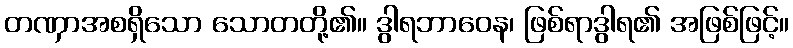
တဏှာအစရှိသော သောတတို့၏။ ဒွါရဘာဝေန၊ ဖြစ်ရာဒွါရ၏ အဖြစ်ဖြင့်။